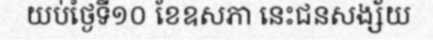
យប់ថ្ងៃទី១០ ខែឧសភា នេះជនសង្ស័យ